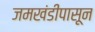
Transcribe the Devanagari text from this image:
जमखंडीपासून